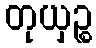
တုယှဉ္စ